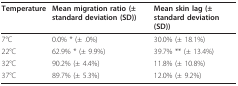
<table><thead><tr><td><b>Temperature</b></td><td><b>Mean migration ratio (± standard deviation (SD))</b></td><td><b>Mean skin lag (± standard deviation (SD))</b></td></tr></thead><tbody><tr><td>7°C</td><td>0.0% * (± .0%)</td><td>30.0% (± 18.1%)</td></tr><tr><td>22°C</td><td>62.9% * (± 9.9%)</td><td>39.7% ** (± 13.4%)</td></tr><tr><td>32°C</td><td>90.2% (± 4.4%)</td><td>11.8% (± 10.8%)</td></tr><tr><td>37°C</td><td>89.7% (± 5.3%)</td><td>12.0% (± 9.2%)</td></tr></tbody></table>